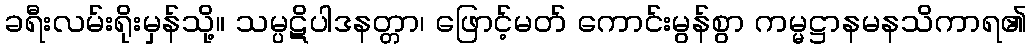
ခရီးလမ်းရိုးမှန်သို့။ သမ္ပဋိပါဒနတ္တာ၊ ဖြောင့်မတ် ကောင်းမွန်စွာ ကမ္မဋ္ဌာနမနသိကာရ၏